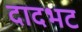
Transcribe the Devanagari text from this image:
दादभट